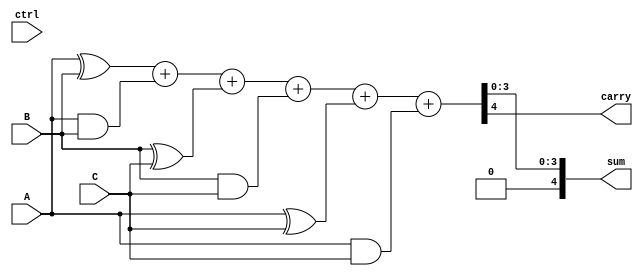
module CarrySaveAdder (
    input [3:0] A, // Input A
    input [3:0] B, // Input B
    input [3:0] C, // Input C
    input ctrl,     // Control signal to manage operation mode
    output [4:0] sum, // Final sum output (5 bits to accommodate carry)
    output carry  // Final carry output
);
    wire [3:0] sum_ab, sum_bc, sum_ac; // Partial sums
    wire [3:0] carry_ab, carry_bc, carry_ac; // Partial carries
    
    // Generate partial sums and carries using half adders
    assign sum_ab = A ^ B;               // Partial sum of A and B
    assign carry_ab = A & B;              // Partial carry of A and B

    assign sum_bc = B ^ C;               // Partial sum of B and C
    assign carry_bc = B & C;              // Partial carry of B and C

    assign sum_ac = A ^ C;               // Partial sum of A and C
    assign carry_ac = A & C;              // Partial carry of A and C

    // Combine sums and carries
    wire [4:0] intermediate_sum;
    wire [4:0] intermediate_carry;

    assign intermediate_sum = {1'b0, sum_ab} + {1'b0, carry_ab} + {1'b0, sum_bc} + {1'b0, carry_bc} + {1'b0, sum_ac} + {1'b0, carry_ac};
    assign carry = intermediate_sum[4]; // Extracting final carry
    assign sum = intermediate_sum[3:0]; // Final sum

endmodule